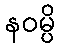
နဝမ္ပိ